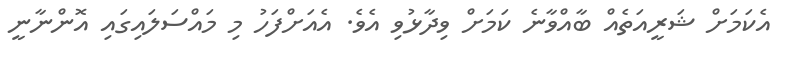
އެކަމަށް ޝަރީއަތެއް ބާއްވާނެ ކަމަށް ވިދާޅުވި އެވެ. އެއަށްފަހު މި މައްސަލައިގައި އޮންނާނީ